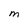
Character: m